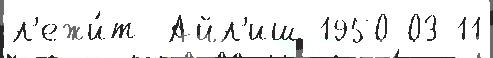
л'ежи́т  Айл'иш 1950-03-11